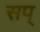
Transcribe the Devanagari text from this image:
सप्